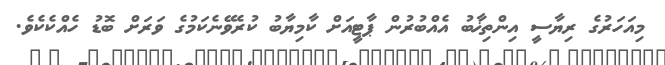
މިއަހަރުގެ ރިޔާސީ އިންތިޚާބު އެއްބުރުން ޕާޓީއަށް ކާމިޔާބު ކުރެވޭނެކަމުގެ ވަރަށް ބޮޑު ހެއްކެކެވެ.